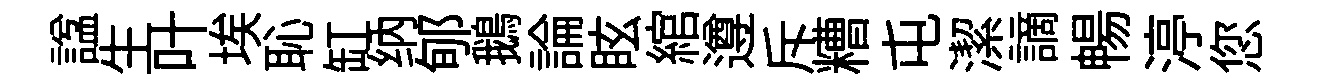
諡生叶埃恥缸纳郇鵝論眩綰遵斥糟屯潔謫暢渟您